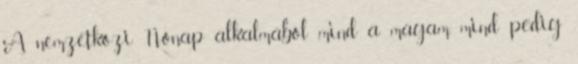
A nemzetközi Nőnap alkalmából mind a magam, mind pedig